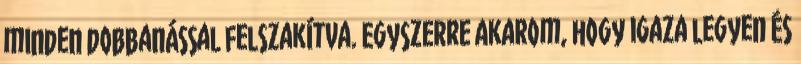
minden dobbanással felszakítva. Egyszerre akarom, hogy igaza legyen és